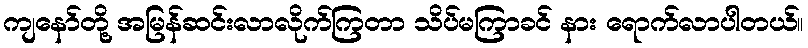
ကျနော်တို့ အမြန်ဆင်းလာလိုက်ကြတာ သိပ်မကြာခင် နား ရောက်လာပါတယ်။